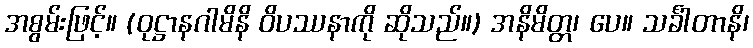
အစွမ်းဖြင့်။ (ဝုဋ္ဌာနဂါမိနိ ဝိပဿနာကို ဆိုသည်။) အနိမိတ္တ၊ ပေ။ သင်္ခါတာနိ၊